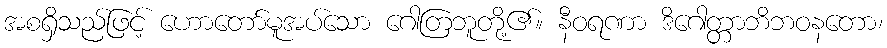
အစရှိသည်ဖြင့် ဟောတော်မူအပ်သော ဂေါတြဘူတို့၏။ နီဝရဏာ ဒိဂေါတ္တာဘိဘဝနတော၊